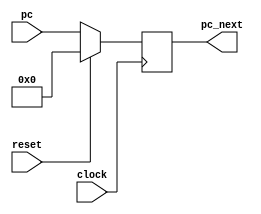
module pc(clock, reset, pc, pc_next);
    input clock, reset;
    input  [31:0] pc;
    output [31:0] pc_next;
    reg    [31:0] pc_next;
    
    
    always @(posedge clock)
    begin
        if(reset==1)
            pc_next<=32'b0;
        else
            pc_next<=pc;
    end
endmodule